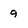
Character: 9